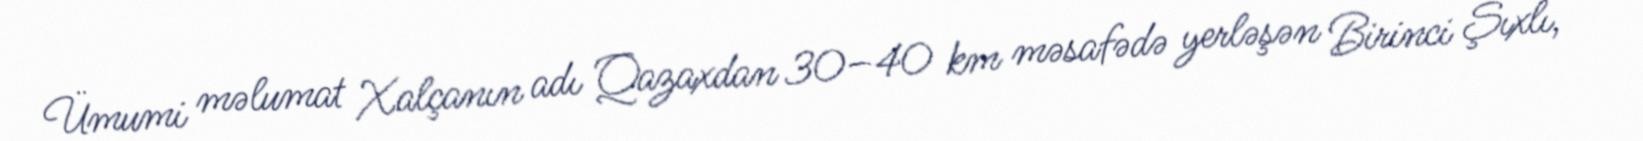
Ümumi məlumat Xalçanın adı Qazaxdan 30–40 km məsafədə yerləşən Birinci Şıxlı,